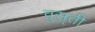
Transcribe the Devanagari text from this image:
वुस़्ती